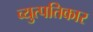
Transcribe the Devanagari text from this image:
व्युत्पतिकार